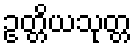
ဥတ္တိယသုတ္တ